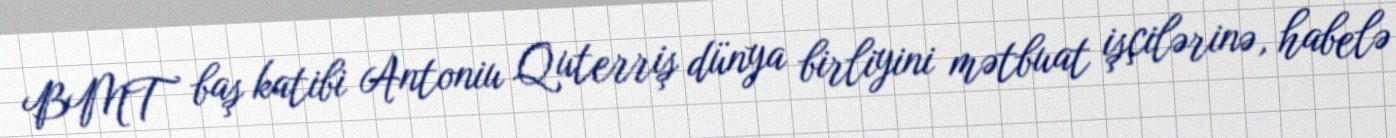
BMT baş katibi Antoniu Quterriş dünya birliyini mətbuat işçilərinə, habelə